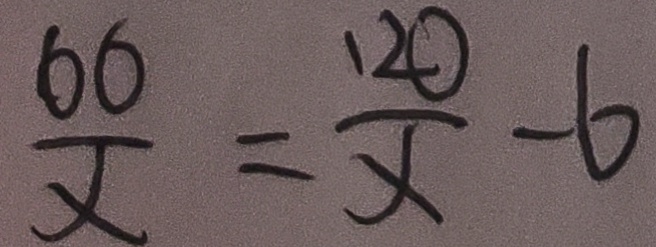
\frac { 6 6 } { x } = \frac { 1 2 0 } { x } - 6